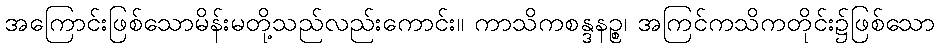
အကြောင်းဖြစ်သောမိန်းမတို့သည်လည်းကောင်း။ ကာသိကစန္ဒနဉ္စ၊ အကြင်ကသိကတိုင်း၌ဖြစ်သော